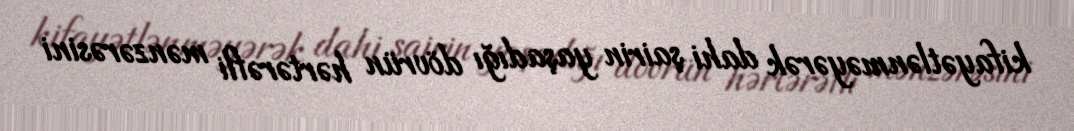
kifayətlənməyərək dahi şairin yaşadığı dövrün hərtərəfli mənzərəsini